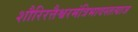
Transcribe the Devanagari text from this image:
शौरिरत्तैश्वरमंत्रिभावस्तत्याज